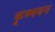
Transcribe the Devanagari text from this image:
कृष्णयन